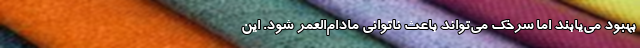
بهبود می‌یابند اما سرخک می‌تواند باعث ناتوانی مادام‌العمر شود. این